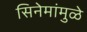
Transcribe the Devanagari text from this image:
सिनेमांमुळे